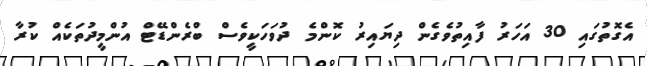
އެގޮތުގައި 30 އަހަރު ފާއިތުވެގެން ދިޔައިރު ކޮންމެ ދުވަހަކީވެސް ބްރެންޑޭޓް އުންމީދުތަކެއް ކުރާ